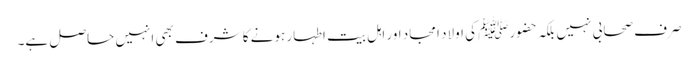
صرف صحابی نہیں بلکہ حضورﷺ کی اولاد امجاد اور اہل بیت اطہار ہونے کا شرف بھی انہیں حاصل ہے۔